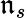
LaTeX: \mathfrak{n}_{s}